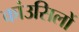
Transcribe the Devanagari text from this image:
कांउसिलों